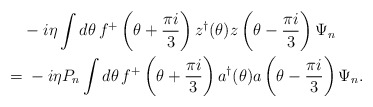
\begin{align*}& -i\eta \int d\theta\, f^+\left(\theta +\frac{\pi i}3\right) z^\dagger(\theta)z\left(\theta - \frac{\pi i}{3}\right)\Psi_n \\=&\; -i\eta P_n \int d\theta\, f^+\left(\theta +\frac{\pi i}3\right) a^\dagger(\theta)a\left(\theta - \frac{\pi i}3\right)\Psi_n.\end{align*}